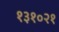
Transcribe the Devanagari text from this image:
१३१०२१